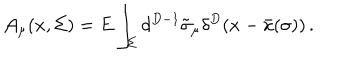
{ \cal A } _ { \mu } ( x , \Sigma ) = E \int _ { \Sigma } d ^ { D - 1 } \tilde { \sigma } _ { \mu } \delta ^ { D } ( x - \bar { x } ( \sigma ) ) \, .